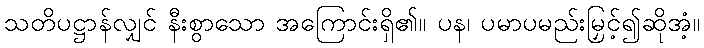
သတိပဋ္ဌာန်လျှင် နီးစွာသော အကြောင်းရှိ၏။ ပန၊ ပမာပမည်းမြှင့်၍ဆိုအံ့။